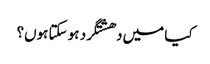
کیا میں دھشتگرد ہو سکتا ہوں؟